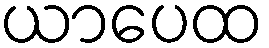
ယာပေထ